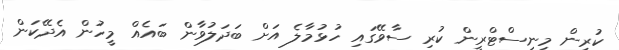
ކުރިން މިނިސްޓްރީން ކުރި ސާވޭގައި ހުޅުމާލެ އަށް ބަދަލުވާން ބައެއް މީހުން އެދޭކަން